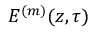
E ^ { ( m ) } ( z , \tau )